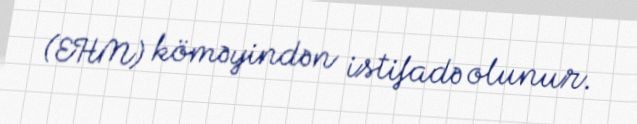
(EHM) köməyindən istifadə olunur.